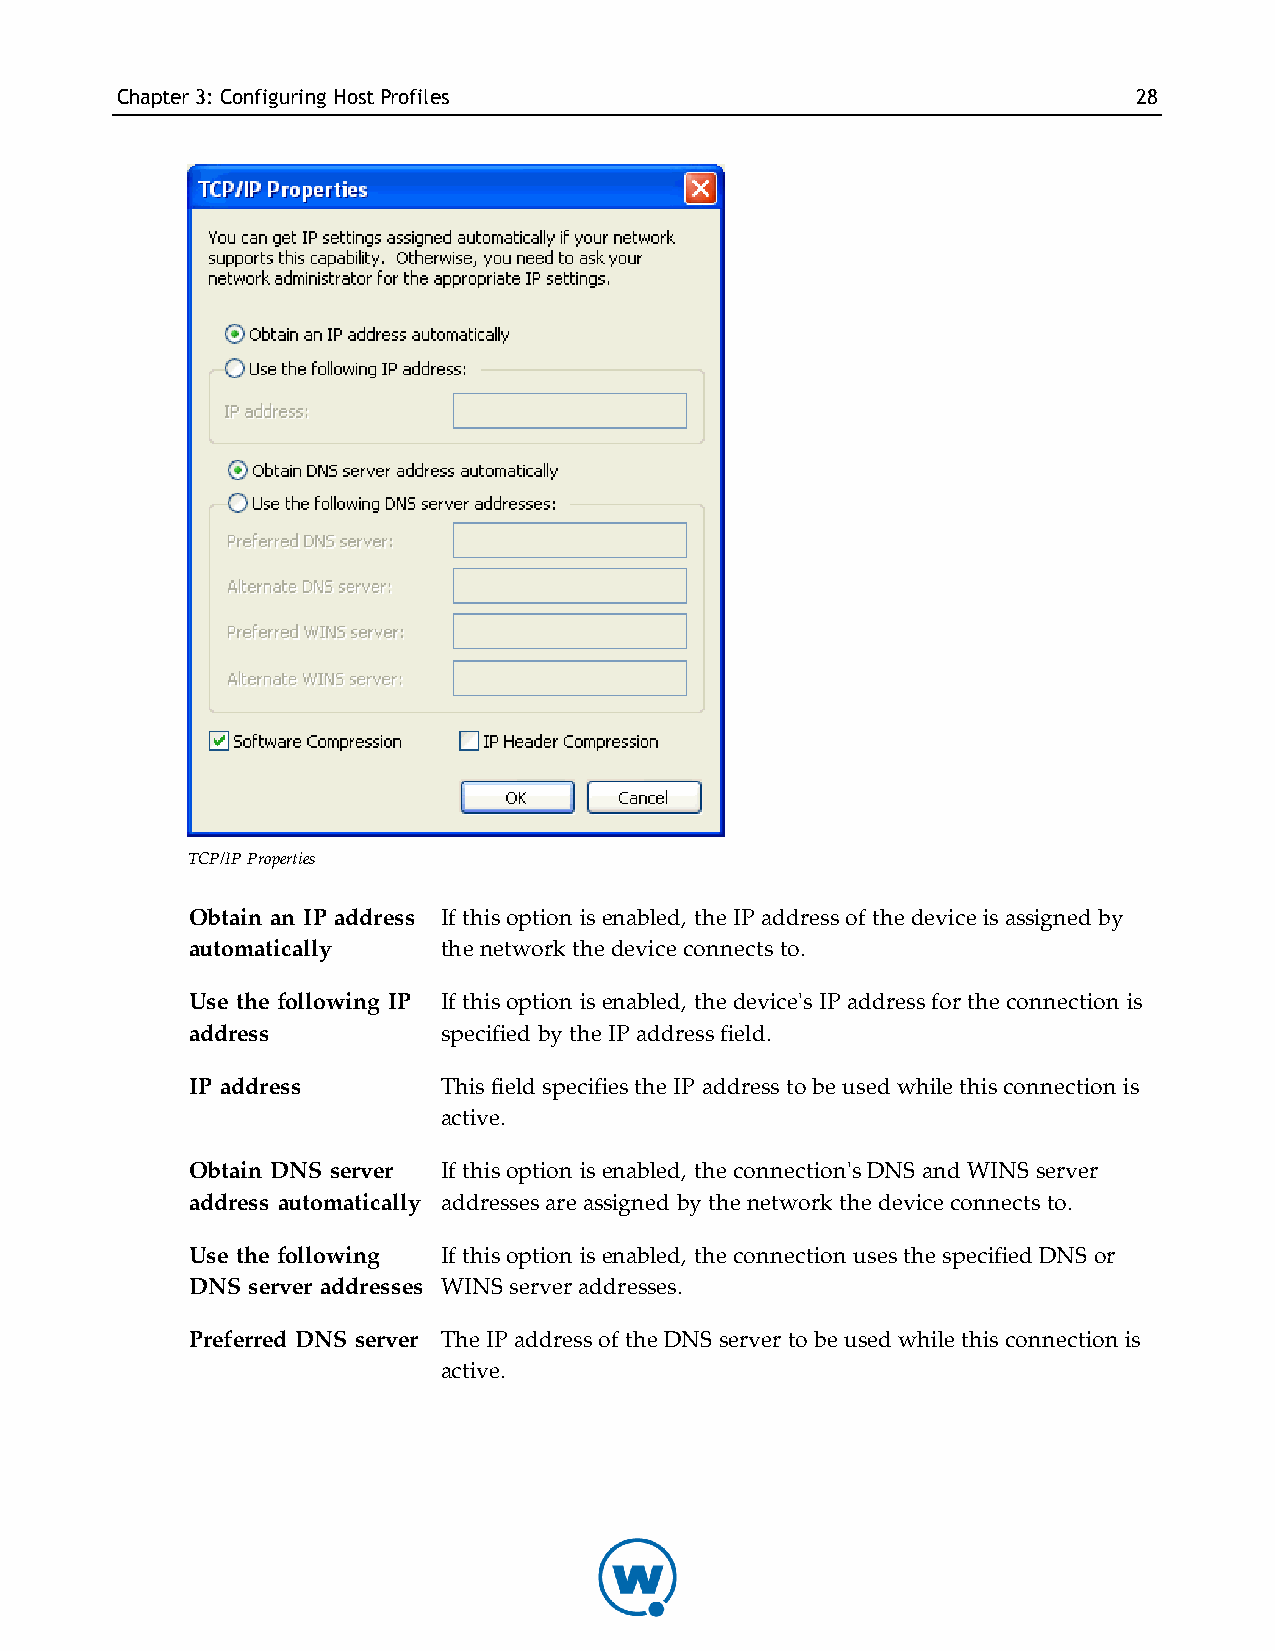
Chapter3: Configuring HostProfiles                                 28
 TCP/IP Properties
 Obtain an IP address If this option is enabled, the IP address of the device is assigned by
 automatically   the network the device connects to.
 Use the following IP If this option is enabled, the device's IP address for the connection is
 address         specified by the IP address field.
 IP address      This field specifies the IP address to be used while this connection is
 active.
 Obtain DNS server If this option is enabled, the connection's DNS and WINS server
 address automatically addresses are assigned by the network the device connects to.
 Use the following If this option is enabled, the connection uses the specified DNS or
 DNS server addresses WINS server addresses.
 Preferred DNS server The IP address of the DNS server to be used while this connection is
 active.